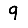
Digit: 9